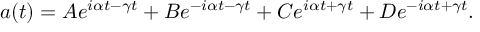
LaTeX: a ( t ) = A e ^ { i \alpha t - \gamma t } + B e ^ { - i \alpha t - \gamma t } + C e ^ { i \alpha t + \gamma t } + D e ^ { - i \alpha t + \gamma t } .